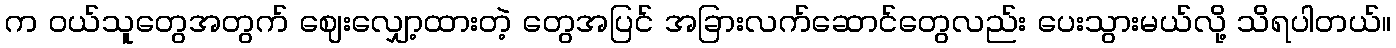
က ဝယ်သူတွေအတွက် ဈေးလျှော့ထားတဲ့ တွေအပြင် အခြားလက်ဆောင်တွေလည်း ပေးသွားမယ်လို့ သိရပါတယ်။